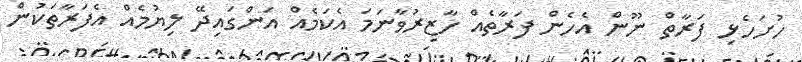
ހުށަހެޅި ފަރާތް ނޫން އެހެން ފަރާތެއް ހާޒިރުވާނަމަ އެކަމެއް އަންގައިދޭ ލިޔުމެއް އެފަރާތަކުން